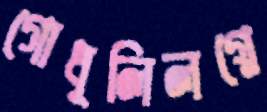
গোধূলিলগ্নে